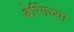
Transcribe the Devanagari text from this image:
बेरिंगच्या